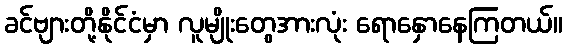
ခင်ဗျားတို့နိုင်ငံမှာ လူမျိုးတွေအားလုံး ရောနှောနေကြတယ်။